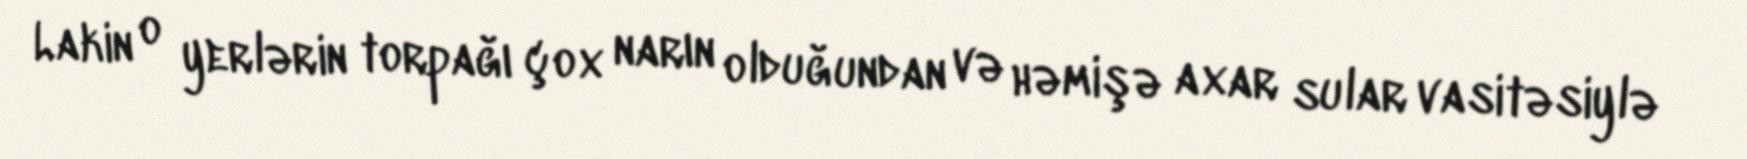
Lakin o yerlərin torpağı çox narın olduğundan və həmişə axar sular vasitəsiylə